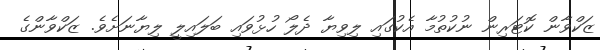
ޒަކްވާން ކޮޓަރިން ނުކުތުމާ އެކުގައި ލިވިޔާ ދެލޯ ހުޅުވައި ބަލައިލީ ލިޔާނަށެވެ. ޒަކްވާންގެ